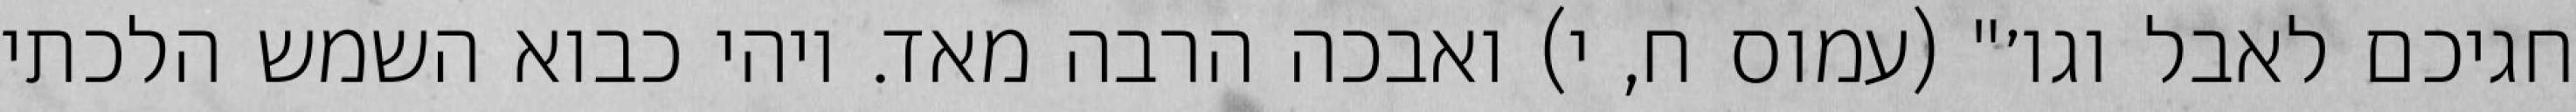
חגיכם לאבל וגו׳" (עמוס ח, י) ואבכה הרבה מאד. ויהי כבוא השמש הלכתי